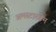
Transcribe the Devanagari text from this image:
अमस्टारडेम